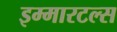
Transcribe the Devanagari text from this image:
इम्मारटल्स